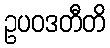
ဥပဝဒတီတိ